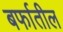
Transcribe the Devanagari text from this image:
बर्फातील